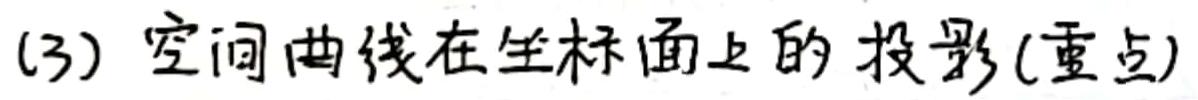
(3) 空间曲线在坐标面上的投影(重点)